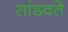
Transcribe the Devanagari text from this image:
सांडवते